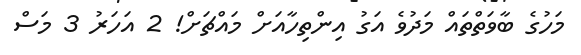
މަހުގެ ބާވަތްތައް މަދުވެ އަގު އިންތިހާއަށް މައްޗަށް! 2 އަހަރު 3 މަސް